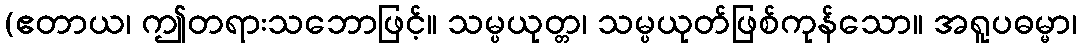
(ဧတာယ၊ ဤတရားသဘောဖြင့်။ သမ္ပယုတ္တ၊ သမ္ပယုတ်ဖြစ်ကုန်သော။ အရူပဓမ္မာ၊